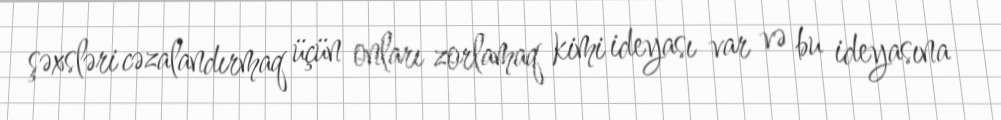
şəxsləri cəzalandırmaq üçün onları zorlamaq kimi ideyası var və bu ideyasına